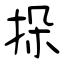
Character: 挆